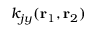
k _ { j y } ( \mathbf { r } _ { 1 } , \mathbf { r } _ { 2 } )